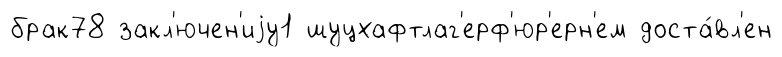
брак78 закл'ючен'иjу1 шуцхафтлаг'ерф'юр'ерн'ем доста́вл'ен